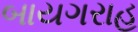
બાયગરાહ